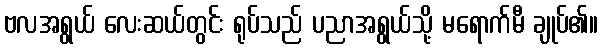
ဗလအရွယ် လေးဆယ်တွင်း ရုပ်သည် ပညာအရွယ်သို့ မရောက်မီ ချုပ်၏။